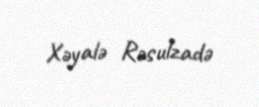
Xəyalə Rəsulzadə